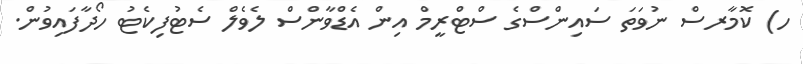
ހ) ކޮމާރސް ނުވަތަ ސައިންސްގެ ސްޓްރީމް އިން އެޑްވާންސް ލެވެލް ސެޓުފިކެޓު ހޯދާފައިވުން.